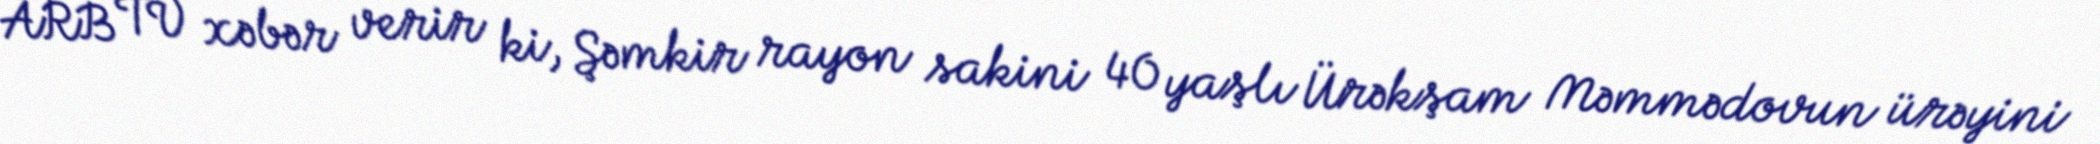
ARB TV xəbər verir ki, Şəmkir rayon sakini 40 yaşlı Ürəkşam Məmmədovun ürəyini